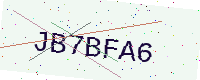
Text: JB7BFA6